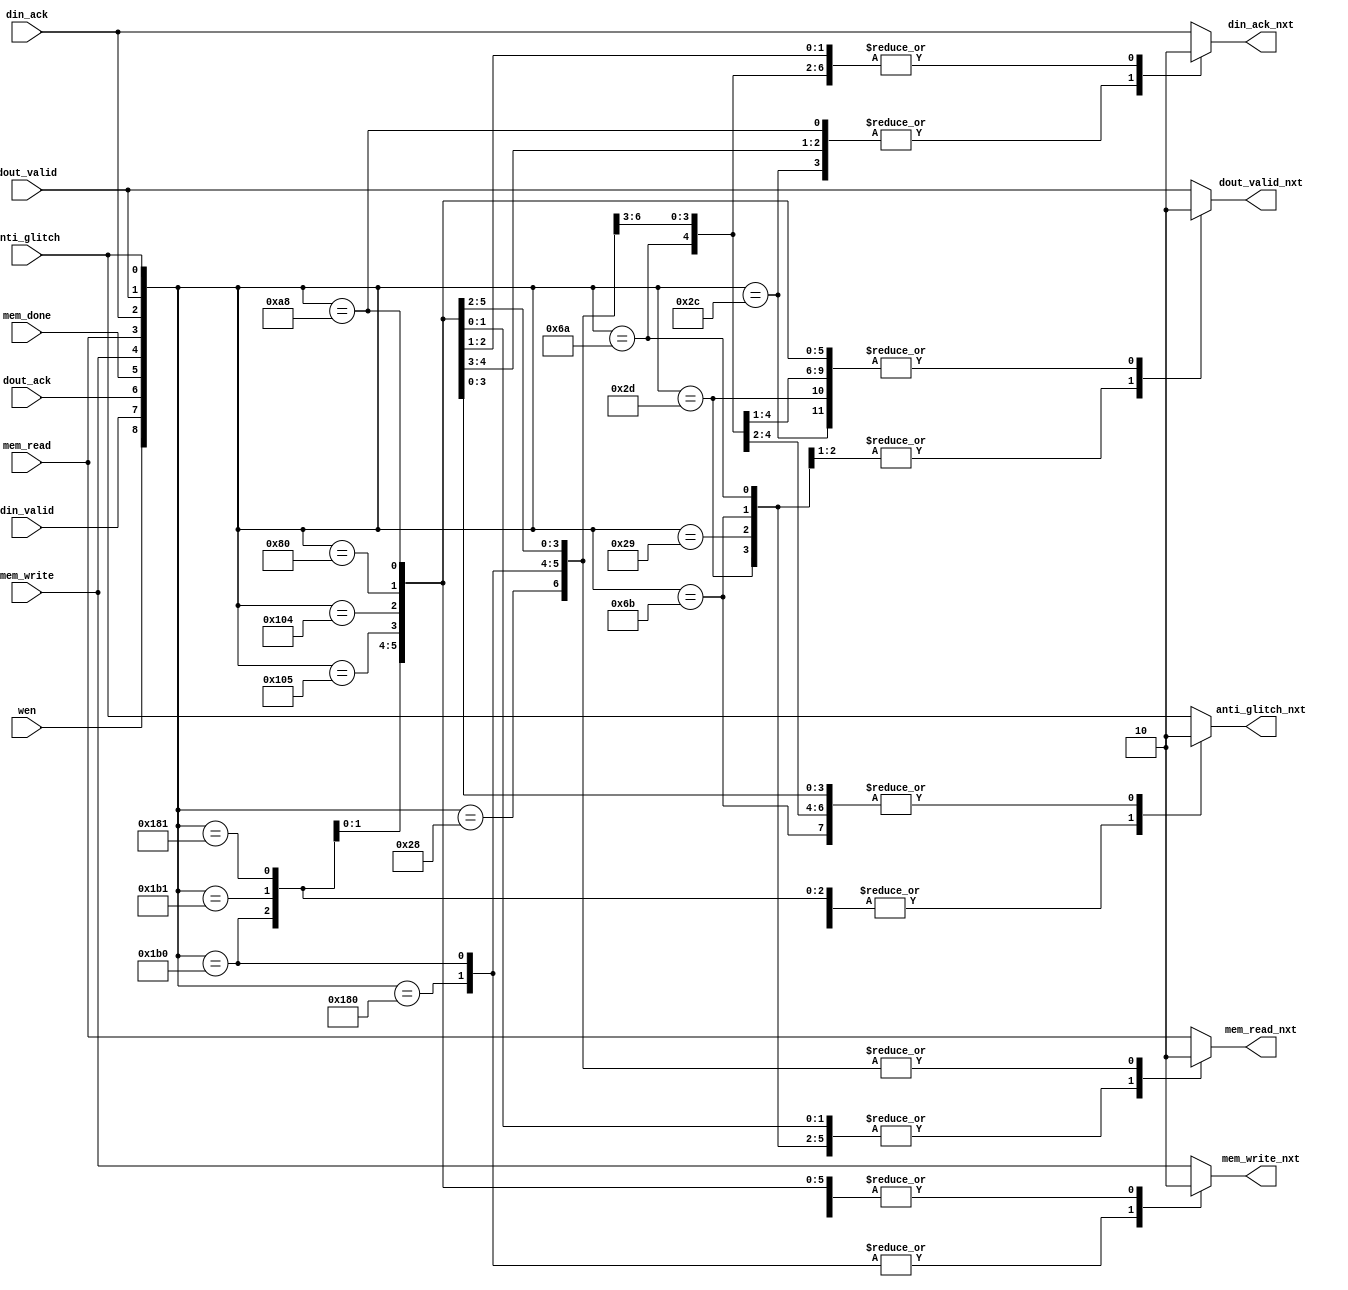
`timescale 1ns / 1ps
//////////////////////////////////////////////////////////////////////////////////
// Company: 
// Engineer: 
// 
// Design Name: 
// Module Name: mem_ctl_next_state
// Project Name: 
// Target Devices: 
// Tool Versions: 
// Description: 
// 
// Dependencies: 
// 
// Revision:
// Revision 0.01 - File Created
// Additional Comments:
// 
//////////////////////////////////////////////////////////////////////////////////


module mem_ctl_next_state(
    input din_valid,
    input wen,
    input dout_ack,
    input mem_done,
    
    input din_ack,
    input dout_valid,
    input mem_write,
    input mem_read,
    input anti_glitch,
    
    output reg din_ack_nxt,
    output reg dout_valid_nxt,
    output reg mem_write_nxt,
    output reg mem_read_nxt,
    output reg anti_glitch_nxt
    );
    
    always @*
    begin
        case({wen, din_valid, dout_ack, mem_done, mem_write, mem_read, din_ack, dout_valid, anti_glitch})
        /*W1*/
        9'b1100_0000_0: 
        begin
            mem_write_nxt = 1;
            mem_read_nxt = 0;
            din_ack_nxt = 0;
            dout_valid_nxt = 0;
            anti_glitch_nxt = 0;
        end   
        /* TRANSIENT */
        9'b1101_1000_0:
        begin
            mem_write_nxt = 1;
            mem_read_nxt = 0;
            din_ack_nxt = 0;
            dout_valid_nxt = 0;
            anti_glitch_nxt = 1;
        end    
        /*W3*/    
        9'b1101_1000_1:
        begin
            mem_write_nxt = 0;
            mem_read_nxt = 0;
            din_ack_nxt = 0;
            dout_valid_nxt = 0;
            anti_glitch_nxt = 1;
        end    
        /*W5*/    
        9'b1100_0000_1:
        begin
            mem_write_nxt = 0;
            mem_read_nxt = 0;
            din_ack_nxt = 1;
            dout_valid_nxt = 0;
            anti_glitch_nxt = 1;
        end
        /*TRANSIENT*/    
        9'b1000_0010_1:
        begin
            mem_write_nxt = 0;
            mem_read_nxt = 0;
            din_ack_nxt = 1;
            dout_valid_nxt = 0;
            anti_glitch_nxt = 0;
        end
        /*W7*/    
        9'b1000_0010_0:
        begin
            mem_write_nxt = 0;
            mem_read_nxt = 0;
            din_ack_nxt = 0;
            dout_valid_nxt = 0;
            anti_glitch_nxt = 0;
        end                                              
        
        /*R0*/    
        9'b0100_0000_0:
        begin
            mem_write_nxt = 0;
            mem_read_nxt = 1;
            din_ack_nxt = 0;
            dout_valid_nxt = 0;
            anti_glitch_nxt = 0;
        end  
        /*R2*/    
        9'b0101_0100_0:
        begin
            mem_write_nxt = 0;
            mem_read_nxt = 1;
            din_ack_nxt = 1;
            dout_valid_nxt = 0;
            anti_glitch_nxt = 0;
        end
        /*TRANSIENT*/
        9'b0001_0110_0:
        begin
            mem_write_nxt = 0;
            mem_read_nxt = 1;
            din_ack_nxt = 1;
            dout_valid_nxt = 0;
            anti_glitch_nxt = 1;
        end   
        /*R4*/    
        9'b0001_0110_1:
        begin
            mem_write_nxt = 0;
            mem_read_nxt = 1;
            din_ack_nxt = 0;
            dout_valid_nxt = 0;
            anti_glitch_nxt = 1;
        end    
        /*R5*/    
        9'b0001_0100_1:
        begin
            mem_write_nxt = 0;
            mem_read_nxt = 1;
            din_ack_nxt = 0;
            dout_valid_nxt = 1;
            anti_glitch_nxt = 1;
        end         
        /*TRANSIENT*/    
        9'b0011_0101_1:
        begin
            mem_write_nxt = 0;
            mem_read_nxt = 1;
            din_ack_nxt = 0;
            dout_valid_nxt = 1;
            anti_glitch_nxt = 0;
        end
        /*R7*/    
        9'b0011_0101_0:
        begin
            mem_write_nxt = 0;
            mem_read_nxt = 1;
            din_ack_nxt = 0;
            dout_valid_nxt = 0;
            anti_glitch_nxt = 0;
        end         
        /*R9*/    
        9'b0001_0100_0:
        begin
            mem_write_nxt = 0;
            mem_read_nxt = 0;
            din_ack_nxt = 0;
            dout_valid_nxt = 0;
            anti_glitch_nxt = 0;
        end
        default
        begin       
            mem_write_nxt = mem_write;
            mem_read_nxt = mem_read;
            din_ack_nxt = din_ack;
            dout_valid_nxt = dout_valid;
            anti_glitch_nxt = anti_glitch;        
        end
                                                                
        endcase
    
    end
    
endmodule